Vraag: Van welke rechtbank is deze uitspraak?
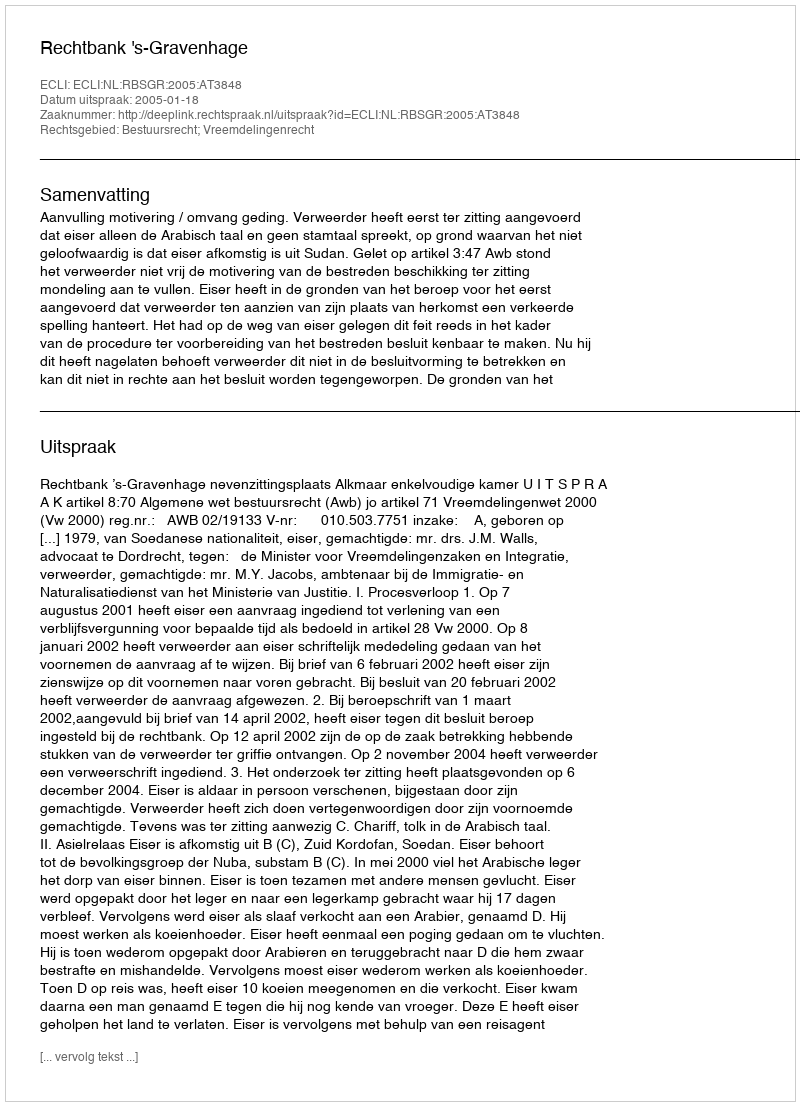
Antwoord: Rechtbank 's-Gravenhage